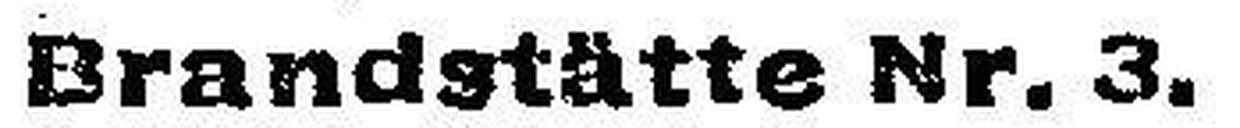
Brandstätte Nr. 3.